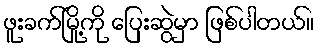
ဖူးခက်မြို့ကို ပြေးဆွဲမှာ ဖြစ်ပါတယ်။